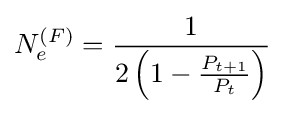
N_{e}^{(F)}={\frac {1}{2\left(1-{\frac {P_{t+1}}{P_{t}}}\right)}}